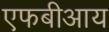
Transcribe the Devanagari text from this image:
एफबीआय